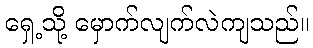
ရှေ့သို့ မှောက်လျက်လဲကျသည်။